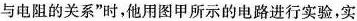
与电阻的关系”时，他用图甲所示的电路进行实验，实